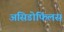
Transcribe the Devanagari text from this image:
असिडोफिलस